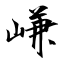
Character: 嵰